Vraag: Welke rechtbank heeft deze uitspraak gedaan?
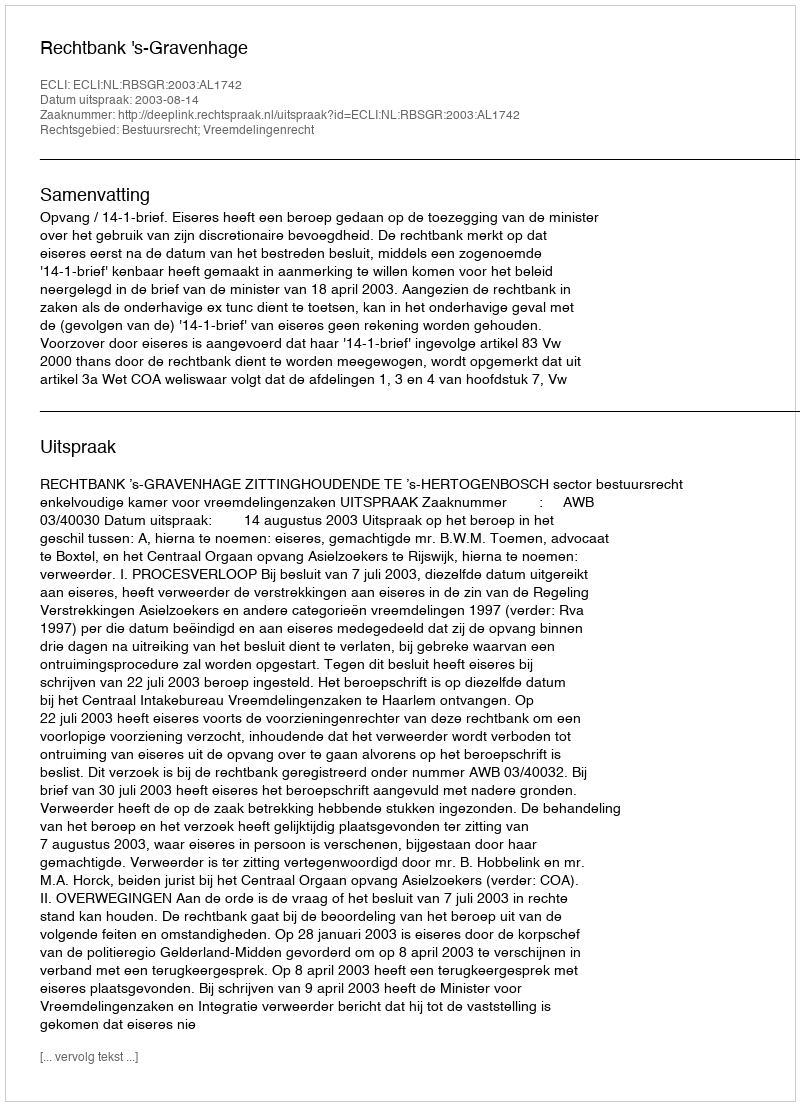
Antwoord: Rechtbank 's-Gravenhage